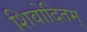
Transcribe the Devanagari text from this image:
शिवोदितम्